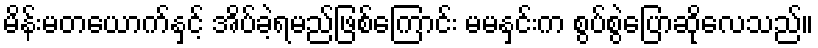
မိန်းမတယောက်နှင့် အိပ်ခဲ့ရမည်ဖြစ်ကြောင်း မမနှင်းက စွပ်စွဲပြောဆိုလေသည်။